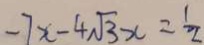
- 7 x - 4 \sqrt { 3 } x = \frac { 1 } { 2 }